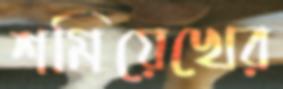
শমিয়েখের